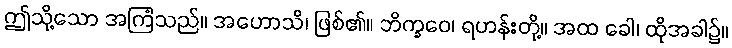
ဤသို့သော အကြံသည်။ အဟောသိ၊ ဖြစ်၏။ ဘိက္ခဝေ၊ ရဟန်းတို့။ အထ ခေါ၊ ထိုအခါ၌။